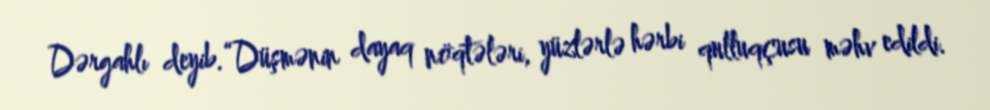
Dərgahlı deyib.“Düşmənin dayaq nöqtələri, yüzlərlə hərbi qulluqçusu məhv edildi.